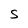
Character: S